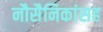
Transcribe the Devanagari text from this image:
नौसैनिकांसह